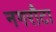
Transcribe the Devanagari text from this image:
नगरौटा